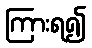
ကြားရ၍